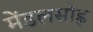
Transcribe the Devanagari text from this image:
मेंडलसोह्न